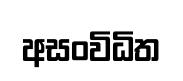
අසංවිධිත